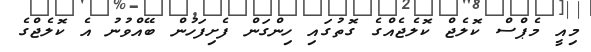
މިއީ މެޕްސް ކޮލެޖް ކޮލެޖެއްގެ ގޮތުގައި ހިންގަން ފެށިފަހުން ބޭއްވުނު އެ ކޮލެޖްގެ